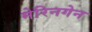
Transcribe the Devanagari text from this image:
मेरिनगेन